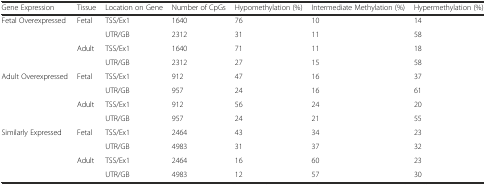
<table><thead><tr><td><b>Gene Expression</b></td><td><b>Tissue</b></td><td><b>Location on Gene</b></td><td><b>Number of CpGs</b></td><td><b>Hypomethylation (%)</b></td><td><b>Intermediate Methylation (%)</b></td><td><b>Hypermethylation (%)</b></td></tr></thead><tbody><tr><td rowspan="4">Fetal Overexpressed</td><td rowspan="2">Fetal</td><td>TSS/Ex1</td><td>1640</td><td>76</td><td>10</td><td>14</td></tr><tr><td>UTR/GB</td><td>2312</td><td>31</td><td>11</td><td>58</td></tr><tr><td rowspan="2">Adult</td><td>TSS/Ex1</td><td>1640</td><td>71</td><td>11</td><td>18</td></tr><tr><td>UTR/GB</td><td>2312</td><td>27</td><td>15</td><td>58</td></tr><tr><td rowspan="4">Adult Overexpressed</td><td rowspan="2">Fetal</td><td>TSS/Ex1</td><td>912</td><td>47</td><td>16</td><td>37</td></tr><tr><td>UTR/GB</td><td>957</td><td>24</td><td>16</td><td>61</td></tr><tr><td rowspan="2">Adult</td><td>TSS/Ex1</td><td>912</td><td>56</td><td>24</td><td>20</td></tr><tr><td>UTR/GB</td><td>957</td><td>24</td><td>21</td><td>55</td></tr><tr><td rowspan="4">Similarly Expressed</td><td rowspan="2">Fetal</td><td>TSS/Ex1</td><td>2464</td><td>43</td><td>34</td><td>23</td></tr><tr><td>UTR/GB</td><td>4983</td><td>31</td><td>37</td><td>32</td></tr><tr><td rowspan="2">Adult</td><td>TSS/Ex1</td><td>2464</td><td>16</td><td>60</td><td>23</td></tr><tr><td>UTR/GB</td><td>4983</td><td>12</td><td>57</td><td>30</td></tr></tbody></table>